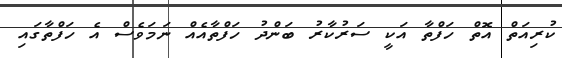
ކުރިއަތް އޮތް ހަފްތާ އަކީ ސަރުކާރު ބަންދު ހަފްތާއެއް ނަމަވެސް އެ ހަފްތާގައި